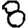
Digit: 8